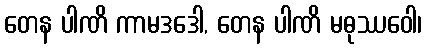
တေန ပါဏိ ကာမဒဒေါ, တေန ပါဏိ မဓုဿဝေါ၊